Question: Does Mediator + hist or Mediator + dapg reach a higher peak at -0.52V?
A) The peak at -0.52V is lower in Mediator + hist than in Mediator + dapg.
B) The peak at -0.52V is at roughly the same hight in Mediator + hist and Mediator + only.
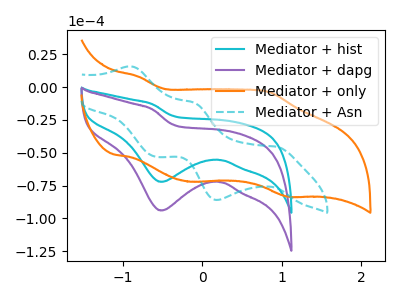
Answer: <think>The cyan curve "Mediator + hist" has a cathodic peak at: (-0.50V, -72.10uA). The purple curve "Mediator + dapg" has a cathodic peak at: (-0.50V, -93.90uA). The orange curve "Mediator + only" has anodic peaks at (-0.80V, 8.05uA) (0.85V, -3.90uA) and cathodic peaks at (-0.15V, -72.00uA) (1.10V, -83.35uA). The cyan dashed curve "Mediator + Asn" has anodic peaks at (-0.90V, 15.70uA) (-0.10V, -11.85uA) and cathodic peaks at (0.95V, -45.35uA) (0.20V, -85.95uA) (-0.60V, -53.00uA).</think>
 <answer>A) The peak at -0.52V is lower in "Mediator + hist" than in "Mediator + dapg".</answer>
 <eval>A</eval>